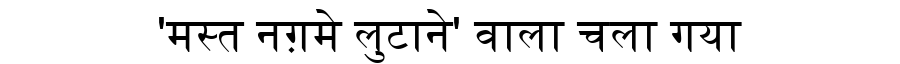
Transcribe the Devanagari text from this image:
'मस्त नग़मे लुटाने' वाला चला गया